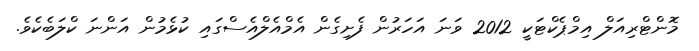
މޮންޓްރިއަލް އިމްޕެކްޓަކީ 2012 ވަނަ އަހަރުން ފެށިގެން އެމްއެލްއެސްގައި ކުޅެމުން އަންނަ ކްލަބެކެވެ.